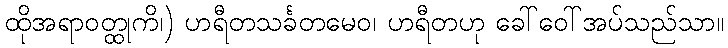
ထိုအရာဝတ္ထုကိ၊) ဟရီတသင်္ခတမေဝ၊ ဟရီတဟု ခေါ်ဝေါ်အပ်သည်သာ။